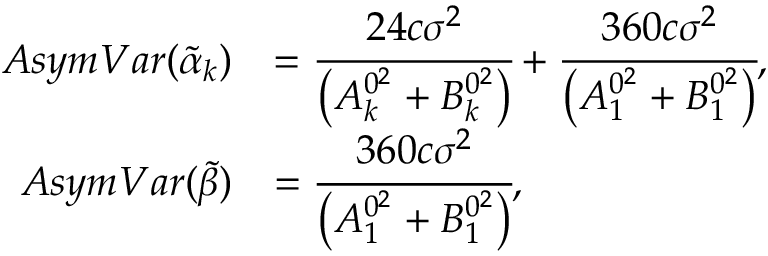
\begin{array} { r l } { A s y m V a r ( \widetilde { \alpha } _ { k } ) } & { = \cfrac { 2 4 c \sigma ^ { 2 } } { \big ( A _ { k } ^ { 0 ^ { 2 } } + B _ { k } ^ { 0 ^ { 2 } } \big ) } + \cfrac { 3 6 0 c \sigma ^ { 2 } } { \big ( A _ { 1 } ^ { 0 ^ { 2 } } + B _ { 1 } ^ { 0 ^ { 2 } } \big ) } , } \\ { A s y m V a r ( \widetilde { \beta } ) } & { = \cfrac { 3 6 0 c \sigma ^ { 2 } } { \big ( A _ { 1 } ^ { 0 ^ { 2 } } + B _ { 1 } ^ { 0 ^ { 2 } } \big ) } , } \end{array}